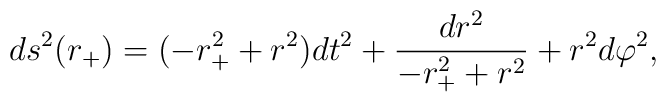
ds^2(r_+) = (-r_+^2 + r^2) dt^2 + \frac{dr^2}{-r_+^2 + r^2} + r^2d\varphi^2 ,